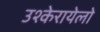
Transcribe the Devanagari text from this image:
उश्केरायेलो